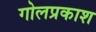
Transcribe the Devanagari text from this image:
गोलप्रकाश